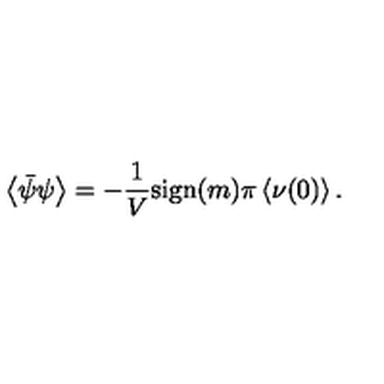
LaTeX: \left< \bar { \psi } \psi \right> = - \frac { 1 } { V } \mathrm { s i g n } { } ( m ) \pi \left< \nu ( 0 ) \right> .